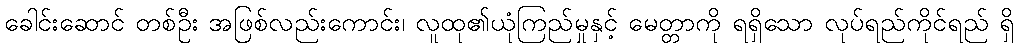
ခေါင်းဆောင် တစ်ဦး အဖြစ်လည်းကောင်း၊ လူထု၏ယုံကြည်မှုနှင့် မေတ္တာကို ရရှိသော လုပ်ရည်ကိုင်ရည် ရှိ